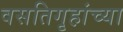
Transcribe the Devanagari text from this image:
वसतिगृहांच्या